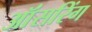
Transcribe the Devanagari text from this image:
ऑंसरिंग